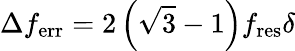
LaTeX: \Delta f_{\mathrm{err}}=2\left(\sqrt{3}-1\right)f_{\mathrm{res}}\delta